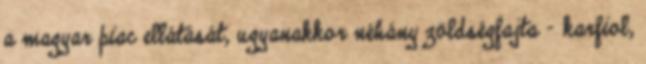
a magyar piac ellátását, ugyanakkor néhány zöldségfajta - karfiol,